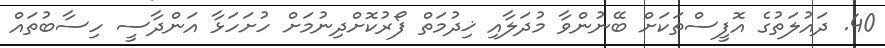
40. ދައުލަތުގެ އޮފީސްތަކަށް ބޭނުންވާ މުދަލާއި ޚިދުމަތް ފޯރުކޮށްދިނުމަށް ހުށަހަޅާ އަންދާސީ ހިސާބުތައް